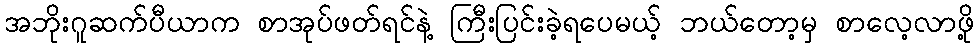
အဘိုးဂူဆက်ပီယာက စာအုပ်ဖတ်ရင်နဲ့ ကြီးပြင်းခဲ့ရပေမယ့် ဘယ်တော့မှ စာလေ့လာဖို့